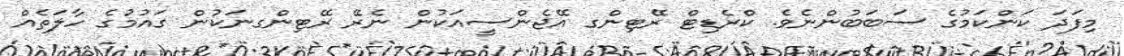
މިފަދަ ކަންކަމުގެ ސަބަބުންނެވެ. ކްރެޑިޓް ރޭޓިންގ އޭޖެންސީއަކުން ނެރޭ ރޭޓިންގނަކުން ގައުމުގެ ހާލަތެއް